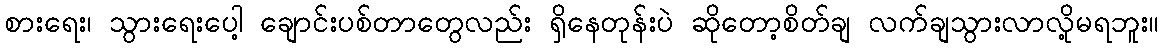
စားရေး၊ သွားရေးပေါ့ ချောင်းပစ်တာတွေလည်း ရှိနေတုန်းပဲ ဆိုတော့စိတ်ချ လက်ချသွားလာလို့မရဘူး။